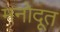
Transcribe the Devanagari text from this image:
मनोदूत